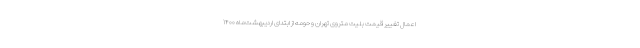
اعمال تغییر قیمت بلیت متروی تهران و حومه از ابتدای اردیبهشت‌ماه ۱۴۰۰